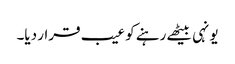
یونہی بیٹھے رہنے کو عیب قرار دیا۔